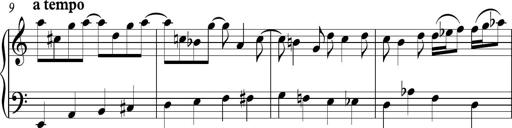
Title: Piano Sonatina in C
Composer: Daniel LÃ©o Simpson
Key: C major